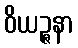
ဝိယဉ္ဇနာ